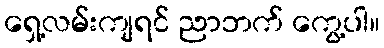
ရှေ့လမ်းကျရင် ညာဘက် ကွေ့ပါ။